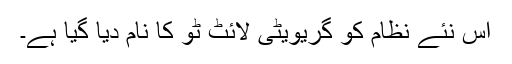
اس نئے نظام کو گریویٹی لائٹ ٹو کا نام دیا گیا ہے۔